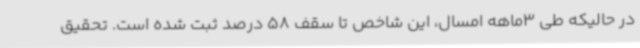
در حالیکه طی 3ماهه امسال، این شاخص تا سقف 58 درصد ثبت شده است. تحقیق